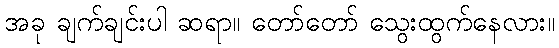
အခု ချက်ချင်းပါ ဆရာ။ တော်တော် သွေးထွက်နေလား။